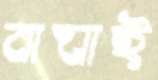
বাঘাই